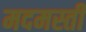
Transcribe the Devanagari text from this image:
मदमस्ती